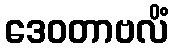
ဒေဝတာဗလိံ